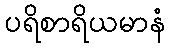
ပရိစာရိယမာနံ